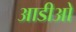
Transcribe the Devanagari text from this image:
आडीओ